Vaccination United Provinces of Agra and Oudh 1914-1922 - 1914-1922
Year: 1914
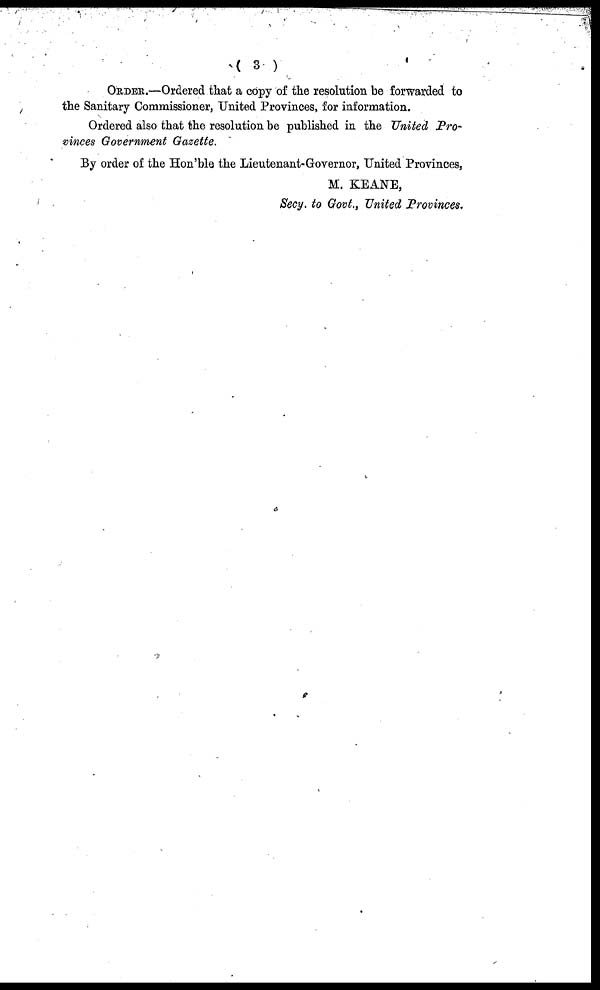
( 3 )
ORDER.—Ordered that a copy of the resolution be forwarded to
the Sanitary Commissioner, United Provinces, for information.
Ordered also that the resolution be published in the United Pro¬
vinces Government Gazette.
By order of the Hon'ble the Lieutenant-Governor, United Provinces,
M. KEANE,
Secy. to Govt., United Provinces.